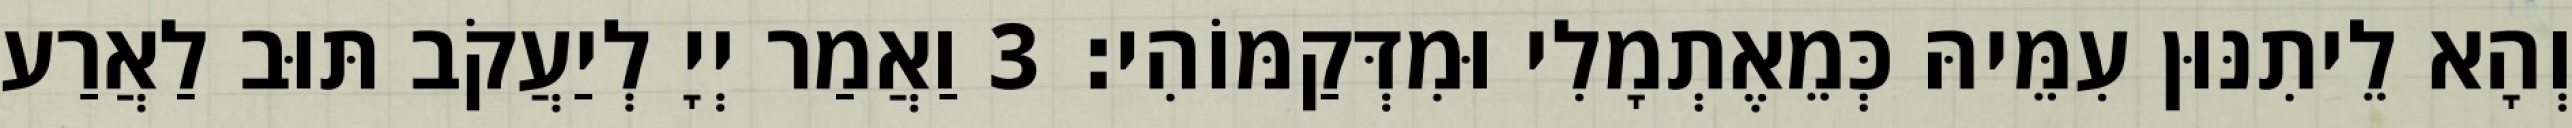
וְהָא לֵיתִנּוּן עִמֵּיהּ כְּמֵאֶתְמָלִי וּמִדְּקַמּוֹהִי׃ 3 וַאֲמַר יְיָ לְיַעֲקֹב תּוּב לַאֲרַע